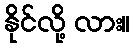
နိုင်လို့ လား။